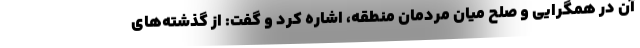
آن در همگرایی و صلح میان مردمان منطقه، اشاره کرد و گفت: از گذشته‌های